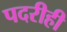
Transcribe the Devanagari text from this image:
पदरीही